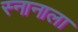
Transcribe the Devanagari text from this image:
स्नानाला